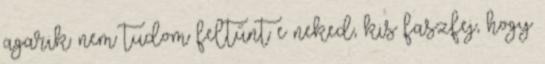
agarik: nem tudom feltűnt e neked, kis faszfej, hogy